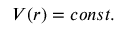
V ( { \boldsymbol { r } } ) = c o n s t .